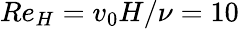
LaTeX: Re_{H}=v_{0}H/\nu=10